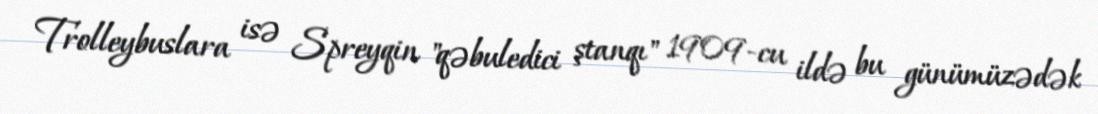
Trolleybuslara isə Spreyqin "qəbuledici ştanqı" 1909-cu ildə bu günümüzədək